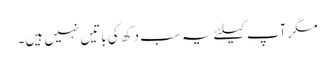
مگر آپ کیلئے یہ سب دکھ کی باتیں نہیں ہیں۔